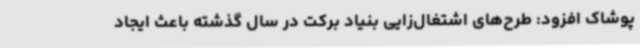
پوشاک افزود: طرح‌های اشتغال‌زایی بنیاد برکت در سال گذشته باعث ایجاد